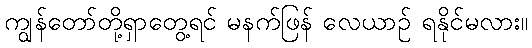
ကျွန်တော်တို့ရှာတွေ့ရင် မနက်ဖြန် လေယာဉ် ရနိုင်မလား။